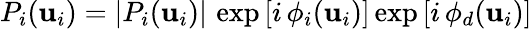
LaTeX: P_{i}(\mathbf{u}_{i})=|P_{i}(\mathbf{u}_{i})|\, \exp\left[i\, \phi_{i}(\mathbf{u}_{i})\right]\exp\left[i\, \phi_{d}(\mathbf{u}_{i})\right]